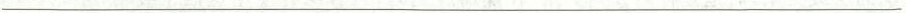
___